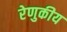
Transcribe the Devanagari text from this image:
रेणुकीय